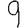
Digit: 9